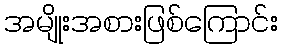
အမျိုးအစားဖြစ်ကြောင်း